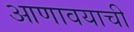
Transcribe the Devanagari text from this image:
आणावयाची